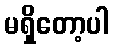
မရှိတော့ပါ